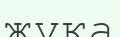
жұка